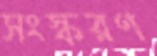
সংস্করণ